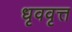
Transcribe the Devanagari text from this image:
धृववृत्त